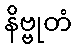
နိဗ္ဗုတံ